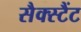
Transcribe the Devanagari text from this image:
सैक्स्टैंट